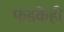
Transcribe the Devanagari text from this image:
फडकेही